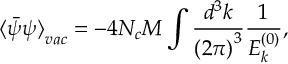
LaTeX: { \langle \bar { \psi } \psi \rangle } _ { v a c } = - 4 N _ { c } M \int \frac { d ^ { 3 } k } { { ( 2 \pi ) } ^ { 3 } } \frac { 1 } { E _ { k } ^ { ( 0 ) } } ,